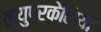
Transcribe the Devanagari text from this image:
ल्युपरकेलिया